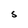
Character: S